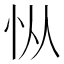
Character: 𰑅